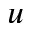
u